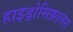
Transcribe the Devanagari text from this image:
हाइड्रोसिफ़ालस